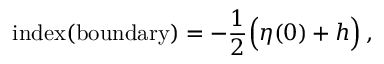
\mathrm { i n d e x ( b o u n d a r y ) } = - \frac { 1 } { 2 } \Big ( \eta ( 0 ) + h \Big ) \, ,